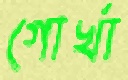
গোর্খা